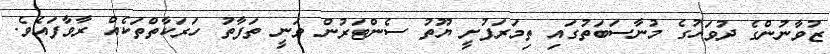
ޒުވާނުންގެ ދުވަހުގެ މުނާސަބަތުގައި ތިމަރަފުށީ ޔޫތު ސެންޓަރުން ވަނީ ތަފާތު ހަރަކާތްތަކެއް ރާވާފައެވެ.